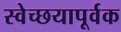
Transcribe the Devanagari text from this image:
स्वेच्छयापूर्वक